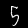
Digit: 5